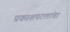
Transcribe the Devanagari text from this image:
प्रकाशपटलांचा